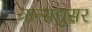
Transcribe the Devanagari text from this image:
त्रान्सद्यूसर